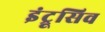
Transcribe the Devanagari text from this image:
इंट्रूसिव